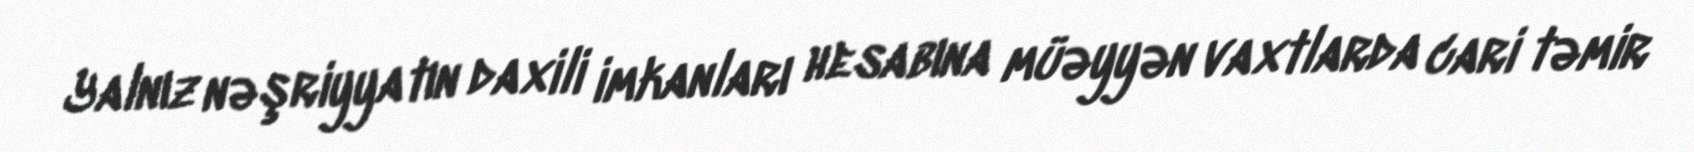
Yalnız nəşriyyatın daxili imkanları hesabına müəyyən vaxtlarda cari təmir